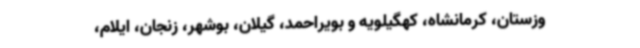
وزستان، کرمانشاه، کهگیلویه و بویراحمد، گیلان، بوشهر، زنجان، ایلام،